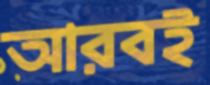
আরবই